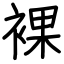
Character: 裸